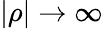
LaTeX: |\rho|\to\infty